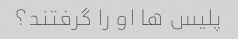
پلیس ها او را گرفتند؟